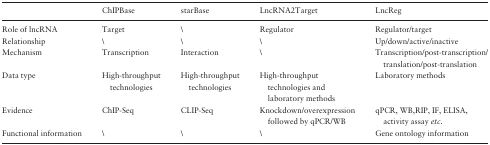
|  | ChIPBase | starBase | LncRNA2Target | LncReg |
 | --- | --- | --- | --- | --- |
 | Role of lncRNA | Target | \ | Regulator | Regulator/target |
 | Relationship | \ | \ | \ | Up/down/active/inactive |
 | Mechanism | Transcription | Interaction | \ | Transcription/post-transcription/translation/post-translation |
 | Data type | High-throughput technologies | High-throughput technologies | High-throughput technologies and laboratory methods | Laboratory methods |
 | Evidence | ChIP-Seq | CLIP-Seq | Knockdown/overexpression followed by qPCR/WB | qPCR, WB,RIP, IF, ELISA, activity assay etc. |
 | Functional information | \ | \ | \ | Gene ontology information |